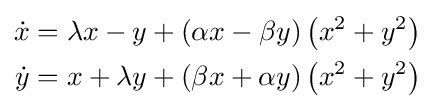
{\begin{aligned}{\dot {x}}&=\lambda x-y+\left(\alpha x-\beta y\right)\left(x^{2}+y^{2}\right)\\{\dot {y}}&=x+\lambda y+\left(\beta x+\alpha y\right)\left(x^{2}+y^{2}\right)\\\end{aligned}}